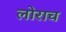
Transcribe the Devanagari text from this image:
लोराच